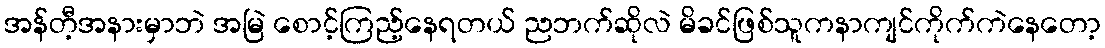
အန်တီ့အနားမှာဘဲ အမြဲ စောင့်ကြည့်နေရတယ် ညဘက်ဆိုလဲ မိခင်ဖြစ်သူကနာကျင်ကိုက်ကဲနေတော့